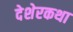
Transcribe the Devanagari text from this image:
देशेरकथा